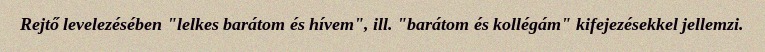
Rejtő levelezésében "lelkes barátom és hívem", ill. "barátom és kollégám" kifejezésekkel jellemzi.